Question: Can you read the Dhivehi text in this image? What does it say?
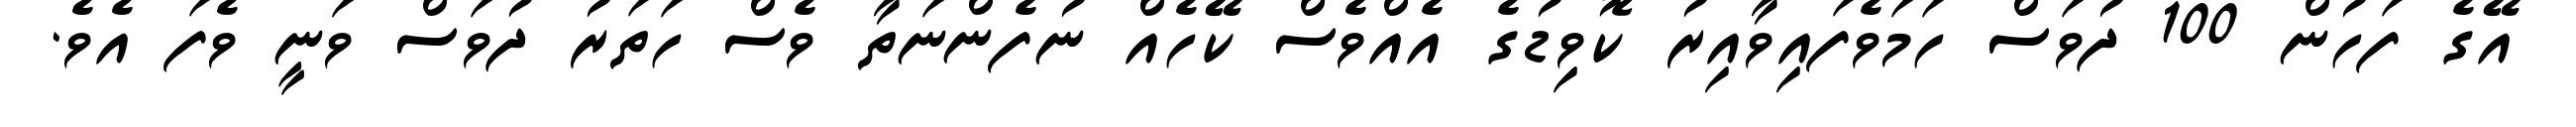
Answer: އޭގެ ފަހުން 100 ދުވަސް ހަމަވެފައިވާއިރު ކޮވިޑުގެ އެއްވެސް ކޭހެއް ނުފެންނަތާ ވެސް ހަތަރު ދުވަސް ވަނީ ވެފަ އެވެ.